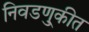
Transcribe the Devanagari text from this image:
निवडणु्कीत